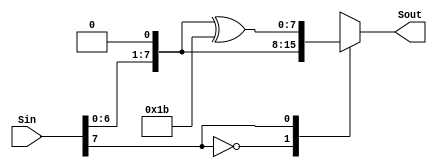
module Mod2 (Sin, Sout);

input [7:0] Sin;
output reg [7:0] Sout;

always@ (Sin)
begin
case (Sin[7])
	1'b0: Sout = {Sin[6:0], 1'b0};
	1'b1: Sout = {Sin[6:0], 1'b0}^8'h1b;
endcase
end

endmodule